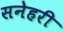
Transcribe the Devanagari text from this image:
सनेहरी